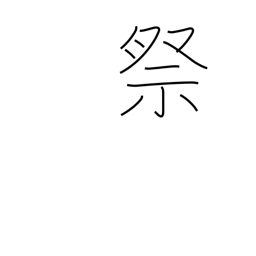
Meaning: worship